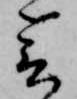
会